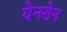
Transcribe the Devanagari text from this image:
येनसेन